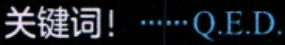
关键词！……Q.E.D.